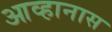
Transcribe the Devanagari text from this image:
आव्हानास